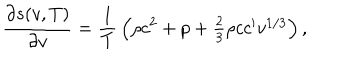
LaTeX: { \frac { \partial s ( v , T ) } { \partial v } } = { \frac { 1 } { T } } \left( \rho c ^ { 2 } + p + \textstyle { \frac { 2 } { 3 } } \rho c c ^ { \prime } v ^ { 1 / 3 } \right) ,